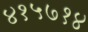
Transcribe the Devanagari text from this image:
४१५७१४